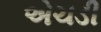
એચડી